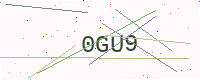
Text: 0GU9